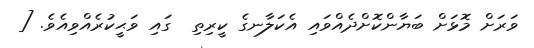
ވަރަށް މޮޅަށް ބަޔާންކޮށްދެއްވައި އެކަލާނގެ ކީރިތި  ގައި ވަޙީކުރެއްވިއެވެ. [